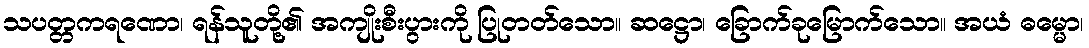
သပတ္တကရဏော၊ ရန်သူတို့၏ အကျိုးစီးပွားကို ပြုတတ်သော။ ဆဋ္ဌော၊ ခြောက်ခုမြောက်သော။ အယံ ဓမ္မော၊